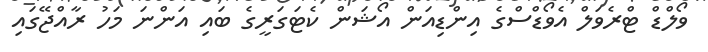
ވޯލްޑް ޓްރެވަލް އެވޯޑްސްގެ އިންޑިއަން އޯޝަން ކެޓަގަރީގެ ބައި އަންނަ މަހު ރާއްޖޭގައި